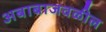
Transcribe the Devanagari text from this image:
अबाबाजवळील